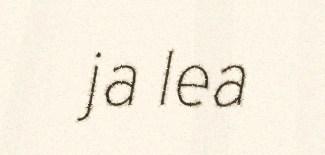
ja lea